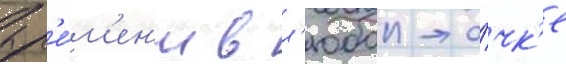
вр'е́м'ен'и в л'юбои то́чк'е